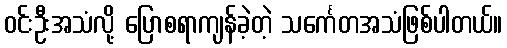
ဝင်းဦးအသံလို့ ပြောစရာကျန်ခဲ့တဲ့ သင်္ကေတအသံဖြစ်ပါတယ်။